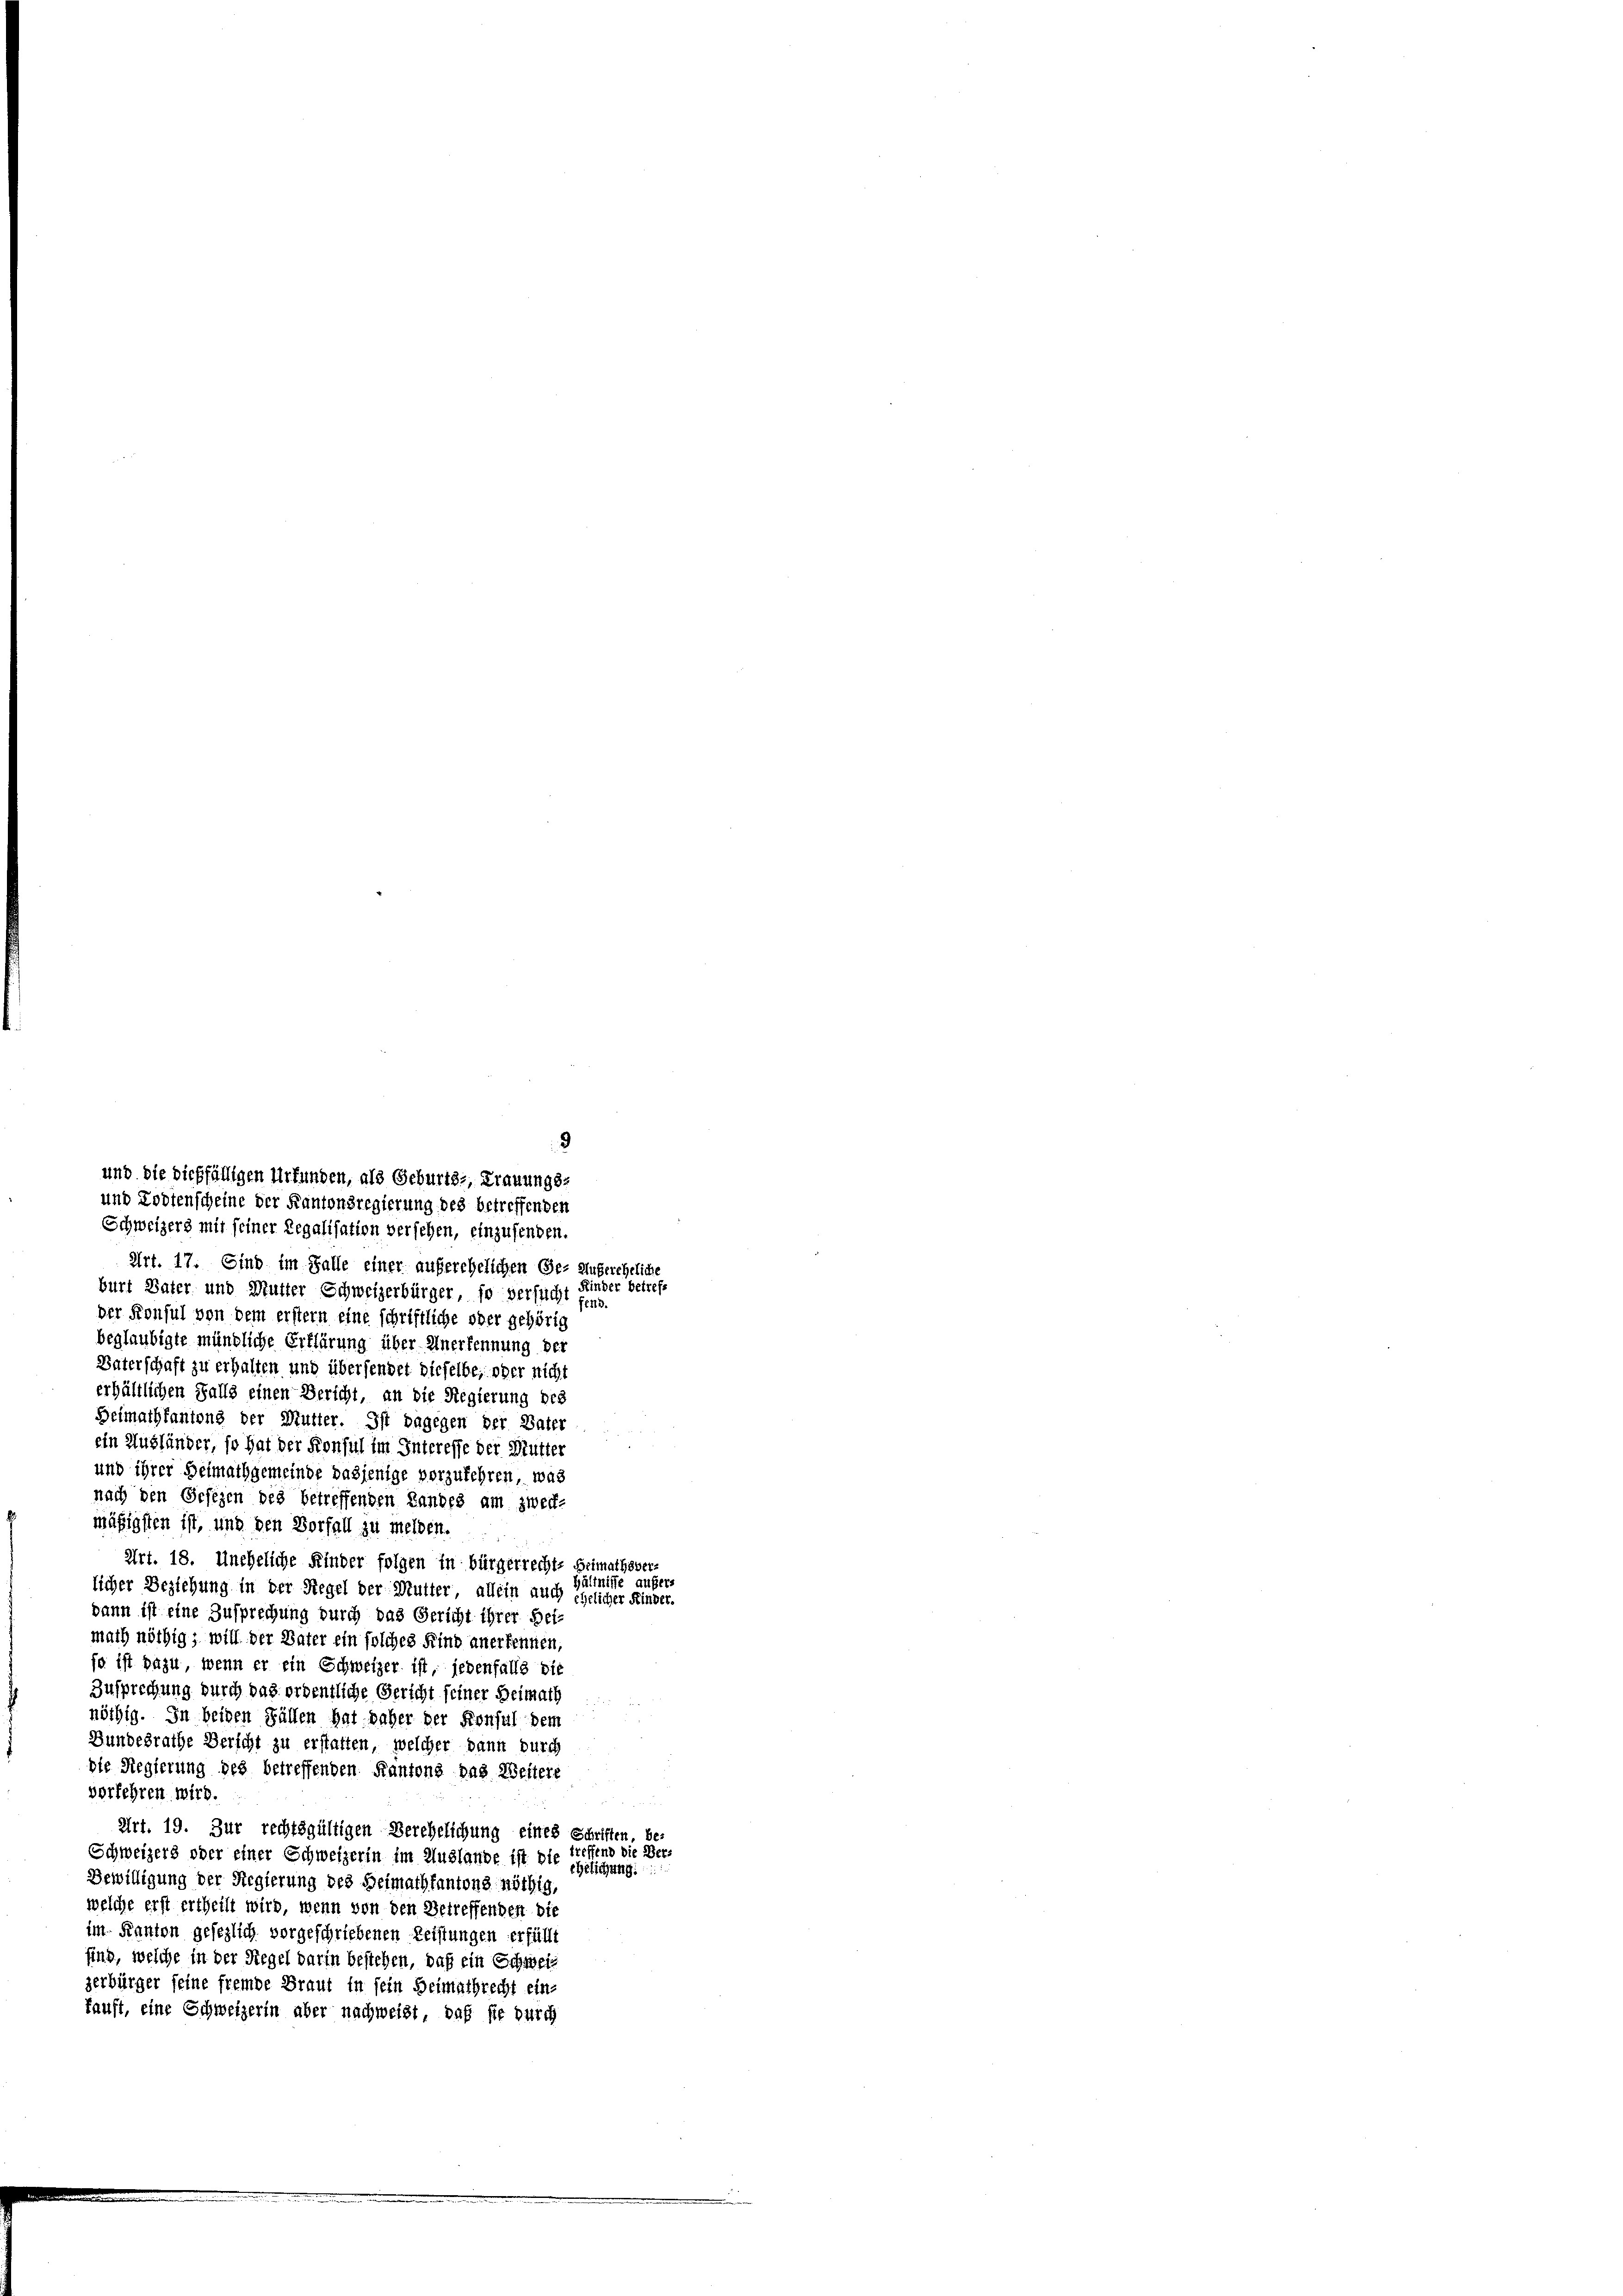
9
und die dießfälligen Urfunden, als Geburts-, Trauungs-
und Lodtenscheine der Kantonsregierung des betreffenden
Schweizers mit seiner Regalisation versehen, einzufenden.

Art. 17. Eind im Falle einer anferehelichen Ge- Außereheliche
Kinder betrefburt Vater und Mutter Schweizerbürger, so versucht fens.
der Konsul von dem erstern eine schriftliche oder gehörig
beglaubigte mündliche Erklärung über Anerkennung der
Vaterschaft zu erhalten und übersendet dieselbe, oder nicht
erhältlichen Falls einen Bericht, an die Regierung des
Heimathfantens der Mutter. Ist dagegen der Vater
ein Ausländer, so hat der Konsul im Interesse der Mutter
und ihrer Heimathgemeinde dasjenige vorzukehren, was
nach den Gesezen des betreffenden Landes am zweck-
mäßigsten ist, und den Vorfall zu melden.
Art. 18. Uneheliche Kinder folgen in bürgerrechts Heimathsver-
licher Beziehung in der Regel der Mutter, allein auch ehelicher Kinder.
dann ist eine Zusprechung durch das Gericht ihrer Beimach nöthig; will der Vater ein solches Kind anerkennen,
jo ist dazu, wenn er ein Schweizer ist, jedenfalls die
Zusprechung durch das ordentliche Gericht seiner Heimath
nöthig. In beiden Fällen hat daher der Konsul dem
Bundesrathe Bericht zu erstatten, welcher dann durch
die Regierung des betreffenden Kantons das Weitere
vorkehren wird.
Art. 19. Zur rechtsgültigen Verehelichung eines Schriften, be-
Schweizers oder einer Schweizerin im Auslande ist die treffend die Ber-
ehelichung.
Bewilligung der Regierung des Heimathfantons nöthig,
welche erst ertheilt wird, wenn von den Betreffenden die
im Kanton gesezlich vorgeschriebenen Leistungen erfüllt
sind, welche in der Regel darin bestehen, daß ein Schweiz
zerbürger seine fremde Braut in sein Heimathrecht ein-
tauft, eine Schweizerin aber nachweist, daß sie durch

iltnisse außers